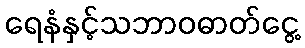
ရေနံနှင့်သဘာဝဓာတ်ငွေ့